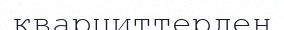
кварциттерден